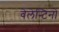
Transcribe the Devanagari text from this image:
वेलेन्टिनो